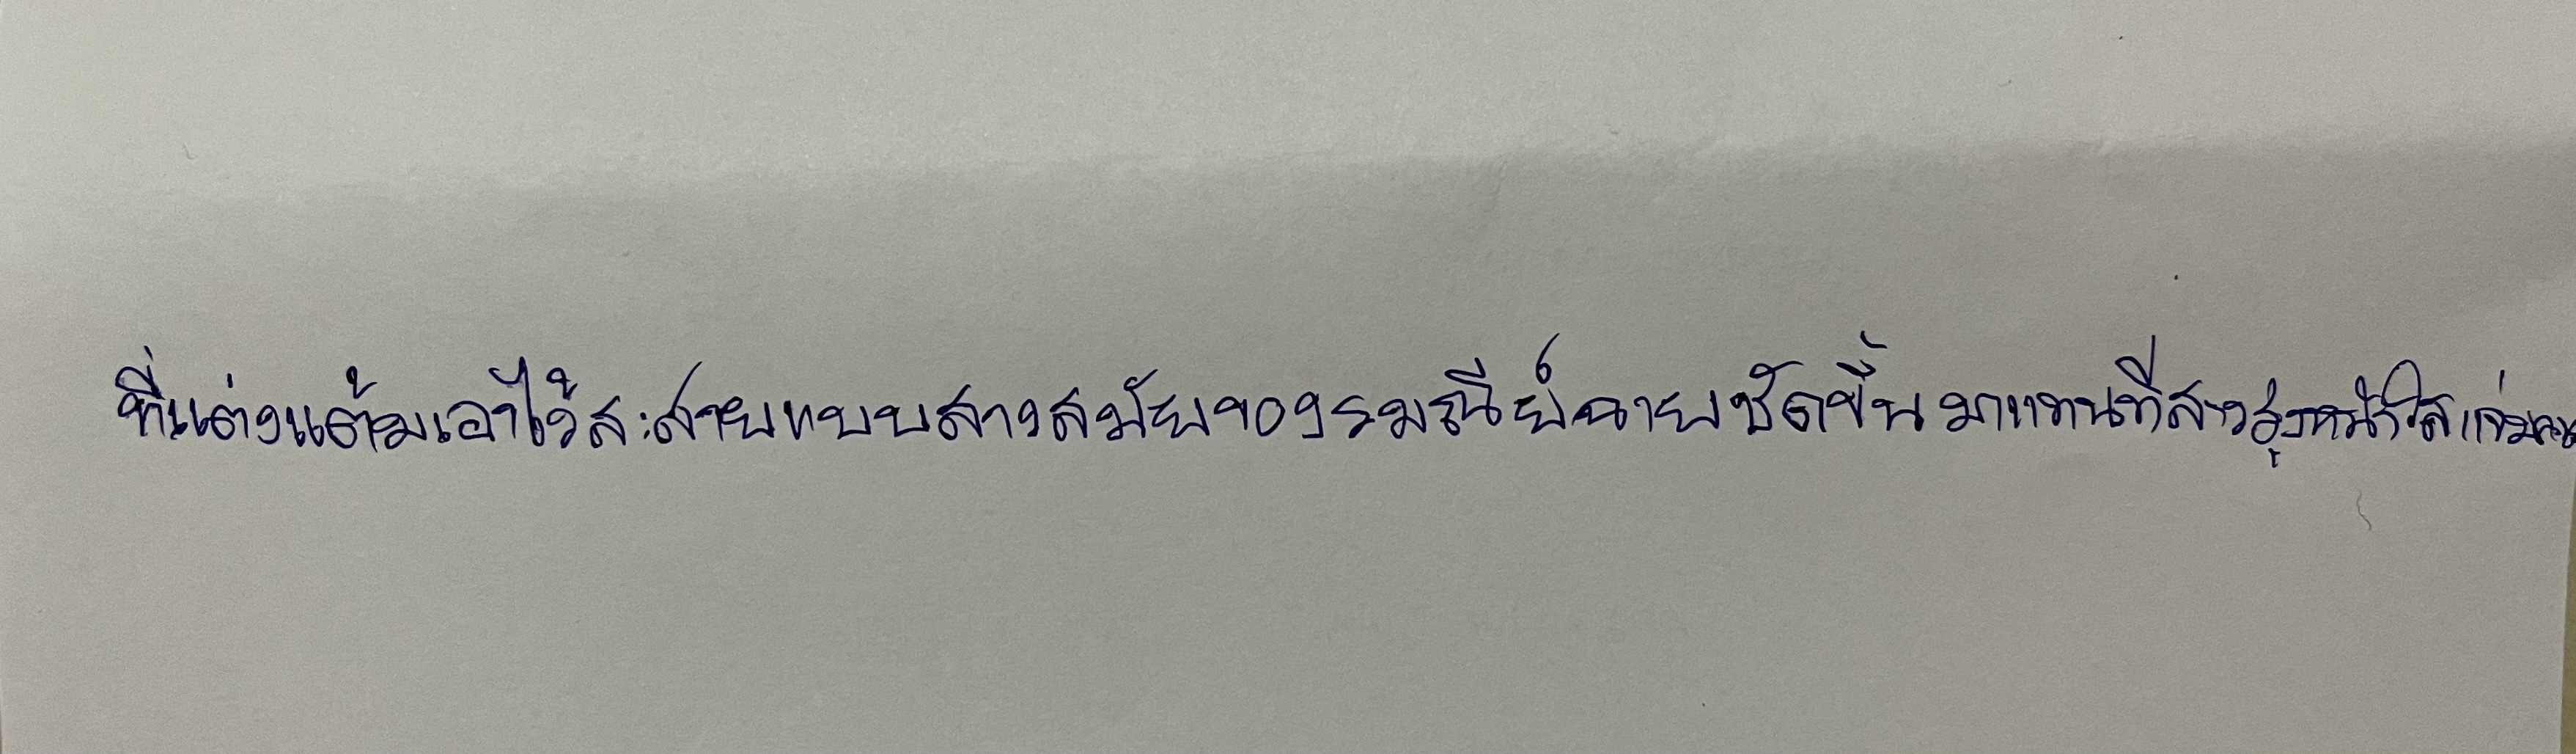
ที่แต่งแต้มเอาไว้สะสวยแบบสาวสมัยของรมณีย์ฉายชัดขึ้นมาแทนที่สาวรุ่นหน้าใสแจ่มคน